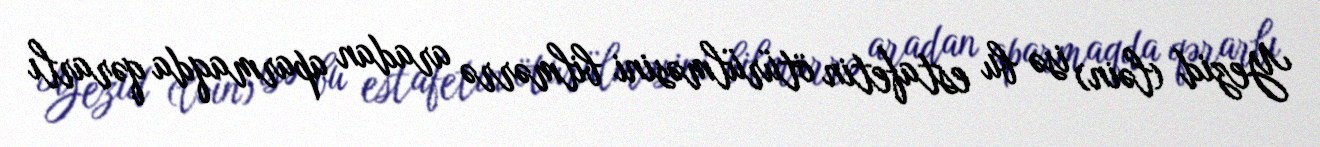
Yezid (ləin) isə bu estafetin ötürülməsini bilmərrə aradan aparmaqda qərarlı